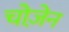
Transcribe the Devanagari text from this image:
चोज़ेन